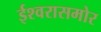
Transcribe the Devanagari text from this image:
ईश्वरासमोर